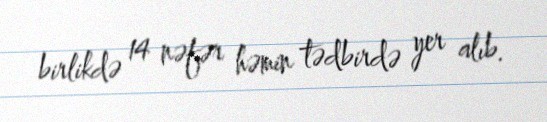
birlikdə 14 nəfər həmin tədbirdə yer alıb.